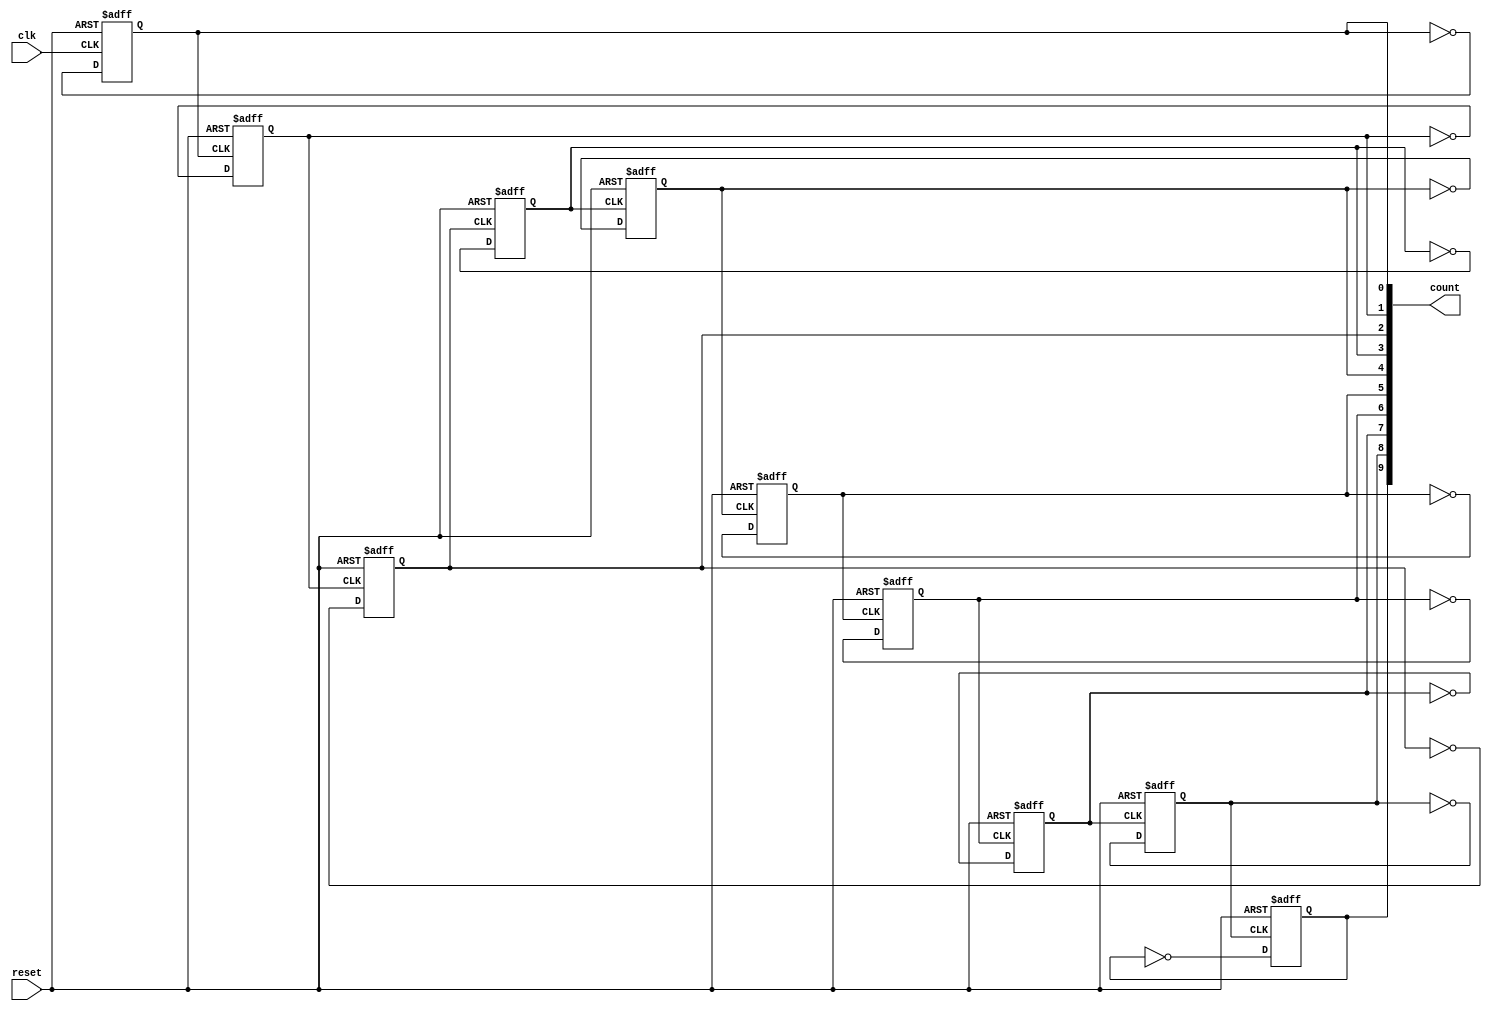

`timescale 1ns/1ps

// A hybrid synchronous/asychronous counter. The LSB bits are implemented as a sychronous
// addition while all other bits are implemented as an asychronous chained flip-flop counter


module DigitalCore_async_counter_negedge(
        reset,
	clk,
        count
    );

    //-----------------------------------------------------------------------------------
    //  Parameters
    //-----------------------------------------------------------------------------------
    parameter Width =           10;
    //-----------------------------------------------------------------------------------
    
    //-----------------------------------------------------------------------------------
    //  I/O
    //-----------------------------------------------------------------------------------
    input wire                  clk;
    input wire                  reset;
    output reg  [Width-1:0]     count;
    //-----------------------------------------------------------------------------------

    //-----------------------------------------------------------------------------------
    //  Variables
    //-----------------------------------------------------------------------------------
    genvar                      i;
    //-----------------------------------------------------------------------------------

    //-----------------------------------------------------------------------------------
    //  Asynchronous Counter
    //-----------------------------------------------------------------------------------
    // First bit of the asychronous counter
    always @(negedge clk or posedge reset) begin
        if (reset) count[0] <= 1'b0;
        else count[0] <= ~count[0];
    end
    
    // The rest of the async counter bits
    generate for (i = 1; i < Width; i = i + 1) begin: gen_async_count
        always @(negedge count[i-1] or posedge reset) begin
            if (reset) count[i] <= 1'b0;
            else count[i] <= ~count[i];
        end
    end endgenerate
    //-----------------------------------------------------------------------------------

endmodule